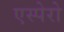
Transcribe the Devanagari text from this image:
एस्पेरो